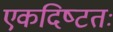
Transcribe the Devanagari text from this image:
एकदिष्‍टतः